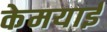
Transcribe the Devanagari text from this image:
केमयाई